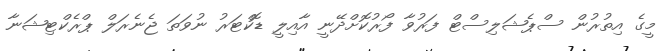
މީގެ އިތުރުން ސްޕެޝަލިސްޓް ފަރުވާ ފޯރުކޮށްދޭނީ އާއިލީ ޑޮކްޓަރު ނުވަތަ ޖެނެރަލް ޕްރެކްޓިޝަނާ